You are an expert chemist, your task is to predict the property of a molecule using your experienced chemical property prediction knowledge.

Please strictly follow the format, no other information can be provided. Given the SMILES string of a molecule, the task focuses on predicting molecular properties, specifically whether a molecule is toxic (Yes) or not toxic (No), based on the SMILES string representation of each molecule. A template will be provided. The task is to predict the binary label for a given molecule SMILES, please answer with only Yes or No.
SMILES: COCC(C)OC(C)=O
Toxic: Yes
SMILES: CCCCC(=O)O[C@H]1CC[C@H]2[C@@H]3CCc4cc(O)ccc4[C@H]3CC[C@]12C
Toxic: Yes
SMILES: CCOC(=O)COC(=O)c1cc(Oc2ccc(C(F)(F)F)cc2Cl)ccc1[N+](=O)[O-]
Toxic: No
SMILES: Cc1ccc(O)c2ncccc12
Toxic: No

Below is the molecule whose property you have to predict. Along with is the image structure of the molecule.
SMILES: Cc1cccc(Cl)c1
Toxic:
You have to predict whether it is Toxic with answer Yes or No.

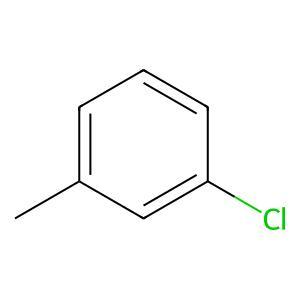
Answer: No